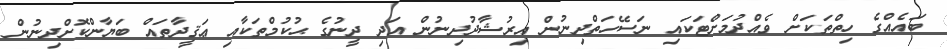
ބައެއްގެ ހިތްތަކަށް ވެއްދުމަށްޓަކައި ނަސޭހަތްދިނުން އިރުޝާދުދިނުން އަދި ދީނުގެ ޙުކުމްތަކާއި ޢަޤީދާތައް ބަޔާންކޮށްދިނުން